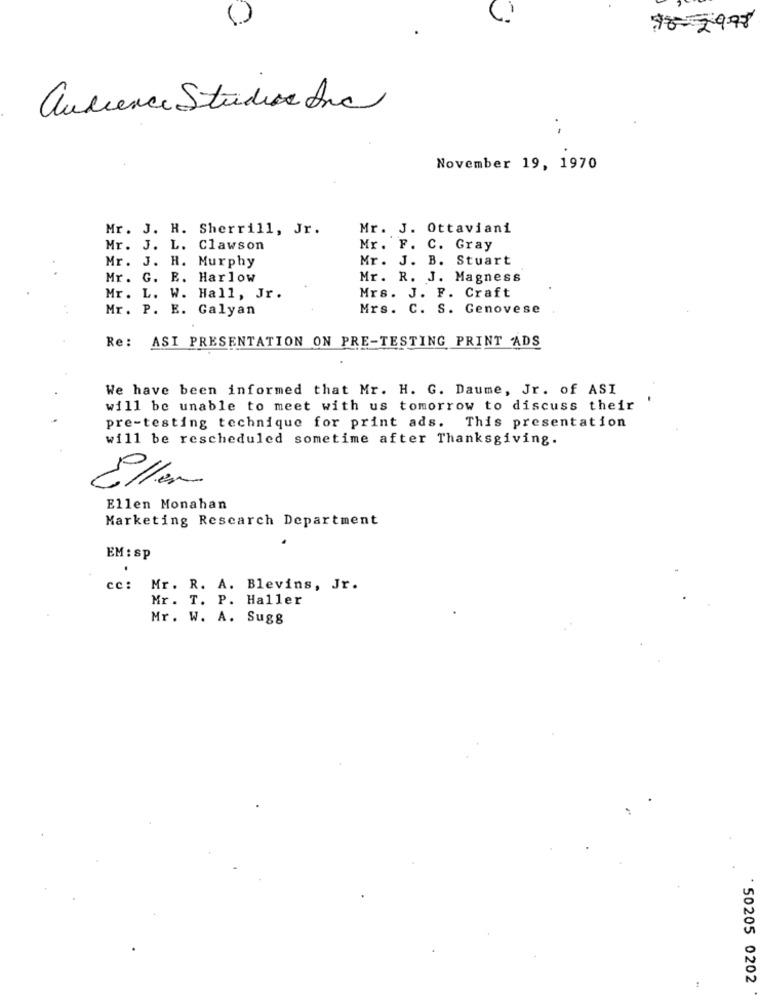
78-2998
audience Studios Ana
.-
November 19, 1970
Mr. J. H. Sherrill, Jr.
Mr. J. Ottaviani
Mr. J. L. Clawson
Mr. F. C. Gray
Mr. J. H. Murphy
Mr. J. B. Stuart
Mr. G. E. Harlow
Mr. R. J. Magness
Mr. L. W. Hall, Jr.
Mrs. J. F. Craft
Mr. P. E. Galyan
Mrs. C. S. Genovese
Re:
ASI PRESENTATION ON PRE-TESTING PRINT ADS
We have been informed that Mr. H. G. Daume, Jr. of ASI
will be unable to meet with us tomorrow to discuss their
pre-testing technique for print ads. This presentation
will be rescheduled sometime after Thanksgiving.
Eller
Ellen Monahan
Marketing Research Department
EM : SP
cc:
Mr. R. A. Blevins, Jr.
Mr. T. P. Haller
Mr. W. A. Sugg
` 50205 0202